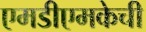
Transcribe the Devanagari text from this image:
एमडीएमकेची